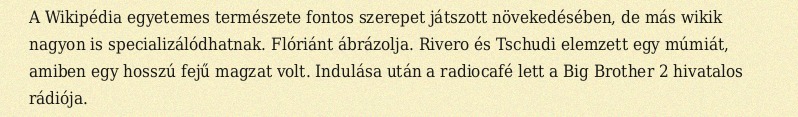
A Wikipédia egyetemes természete fontos szerepet játszott növekedésében, de más wikik nagyon is specializálódhatnak. Flóriánt ábrázolja. Rivero és Tschudi elemzett egy múmiát, amiben egy hosszú fejű magzat volt. Indulása után a radiocafé lett a Big Brother 2 hivatalos rádiója.